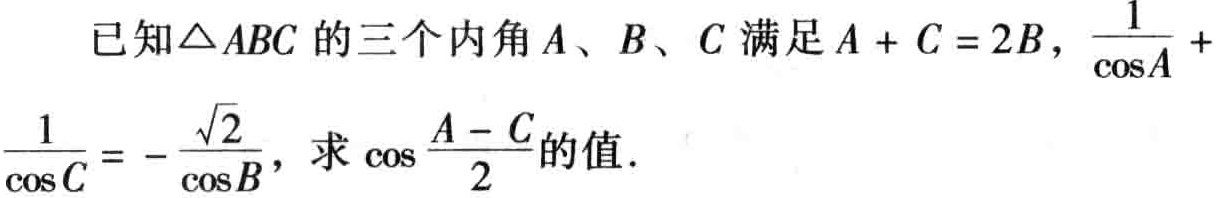
已知\(\triangle ABC\)的三个内角\(A\)、\(B\)、\(C\)满足\(A + C = 2B\)，\(\frac{1}{\cos A}+\frac{1}{\cos C}=-\frac{\sqrt{2}}{\cos B}\)，求\(\cos\frac{A - C}{2}\)的值.